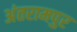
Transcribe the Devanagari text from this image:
अंतरामपुर